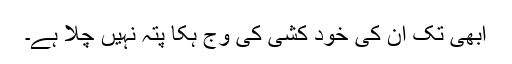
ابھی تک ان کی خود کشی کی وج ہکا پتہ نہیں چلا ہے۔